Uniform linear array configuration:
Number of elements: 8
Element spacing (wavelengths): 0.25
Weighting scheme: hamming
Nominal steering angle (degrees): -15
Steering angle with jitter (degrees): -16.758
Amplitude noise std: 0.05
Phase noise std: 0.05

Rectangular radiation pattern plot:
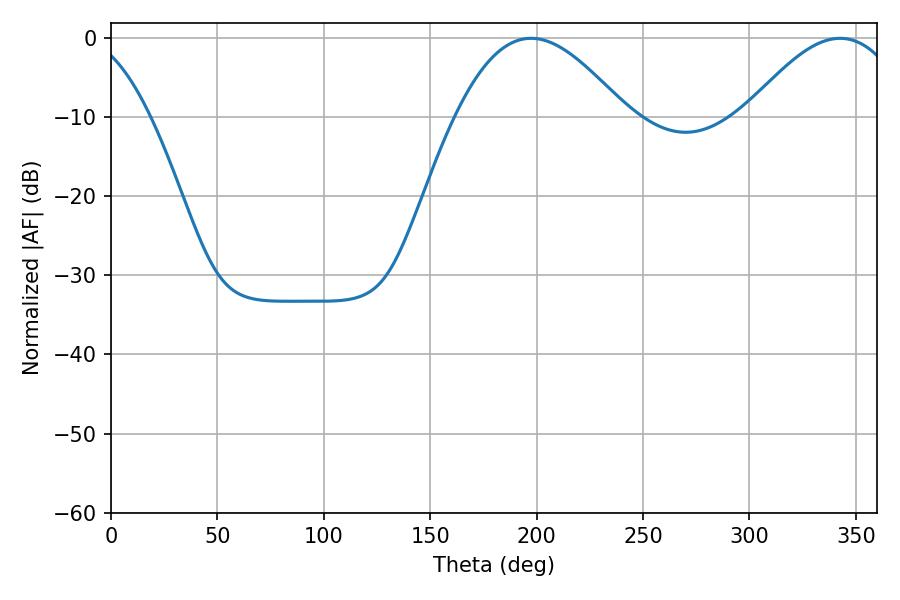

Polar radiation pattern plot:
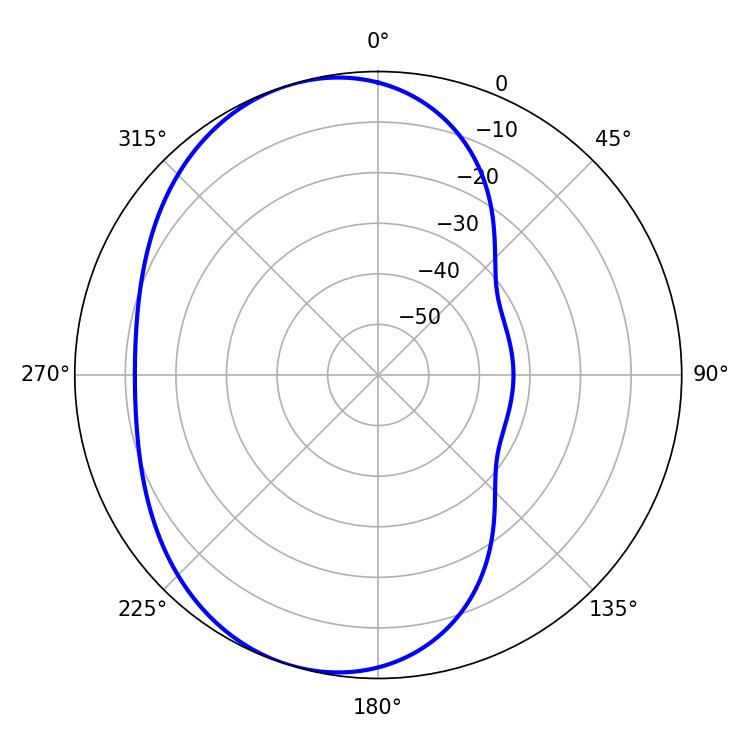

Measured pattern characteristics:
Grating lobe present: FALSE
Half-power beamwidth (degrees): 43.38
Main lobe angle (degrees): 197.46